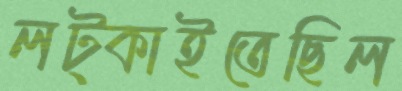
লট্‌কাইতেছিল